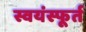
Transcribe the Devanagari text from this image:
स्वयंस्फूर्त